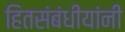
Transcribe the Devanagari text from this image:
हितसंबंधीयांनी